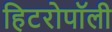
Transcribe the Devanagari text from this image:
हिटरोपॉली